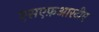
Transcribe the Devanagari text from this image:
एसएफ़आरटीए